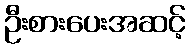
ဦးစားပေးအဆင့်